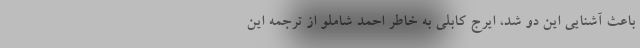
باعث آشنایی این دو شد، ایرج کابلی به خاطر احمد شاملو از ترجمه‌ این